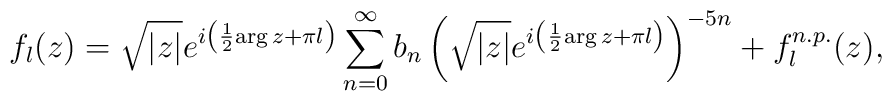
f_l(z) =\sqrt{|z|} e^{i\left({1\over 2} {\rm arg}\, z +\pi l\right)}\sum_{n=0}^\infty b_n\left(\sqrt{|z|} e^{i\left({1\over 2} {\rm arg}\, z +\pi l\right)}\right)^{-5n}+f^{n.p.}_l(z),